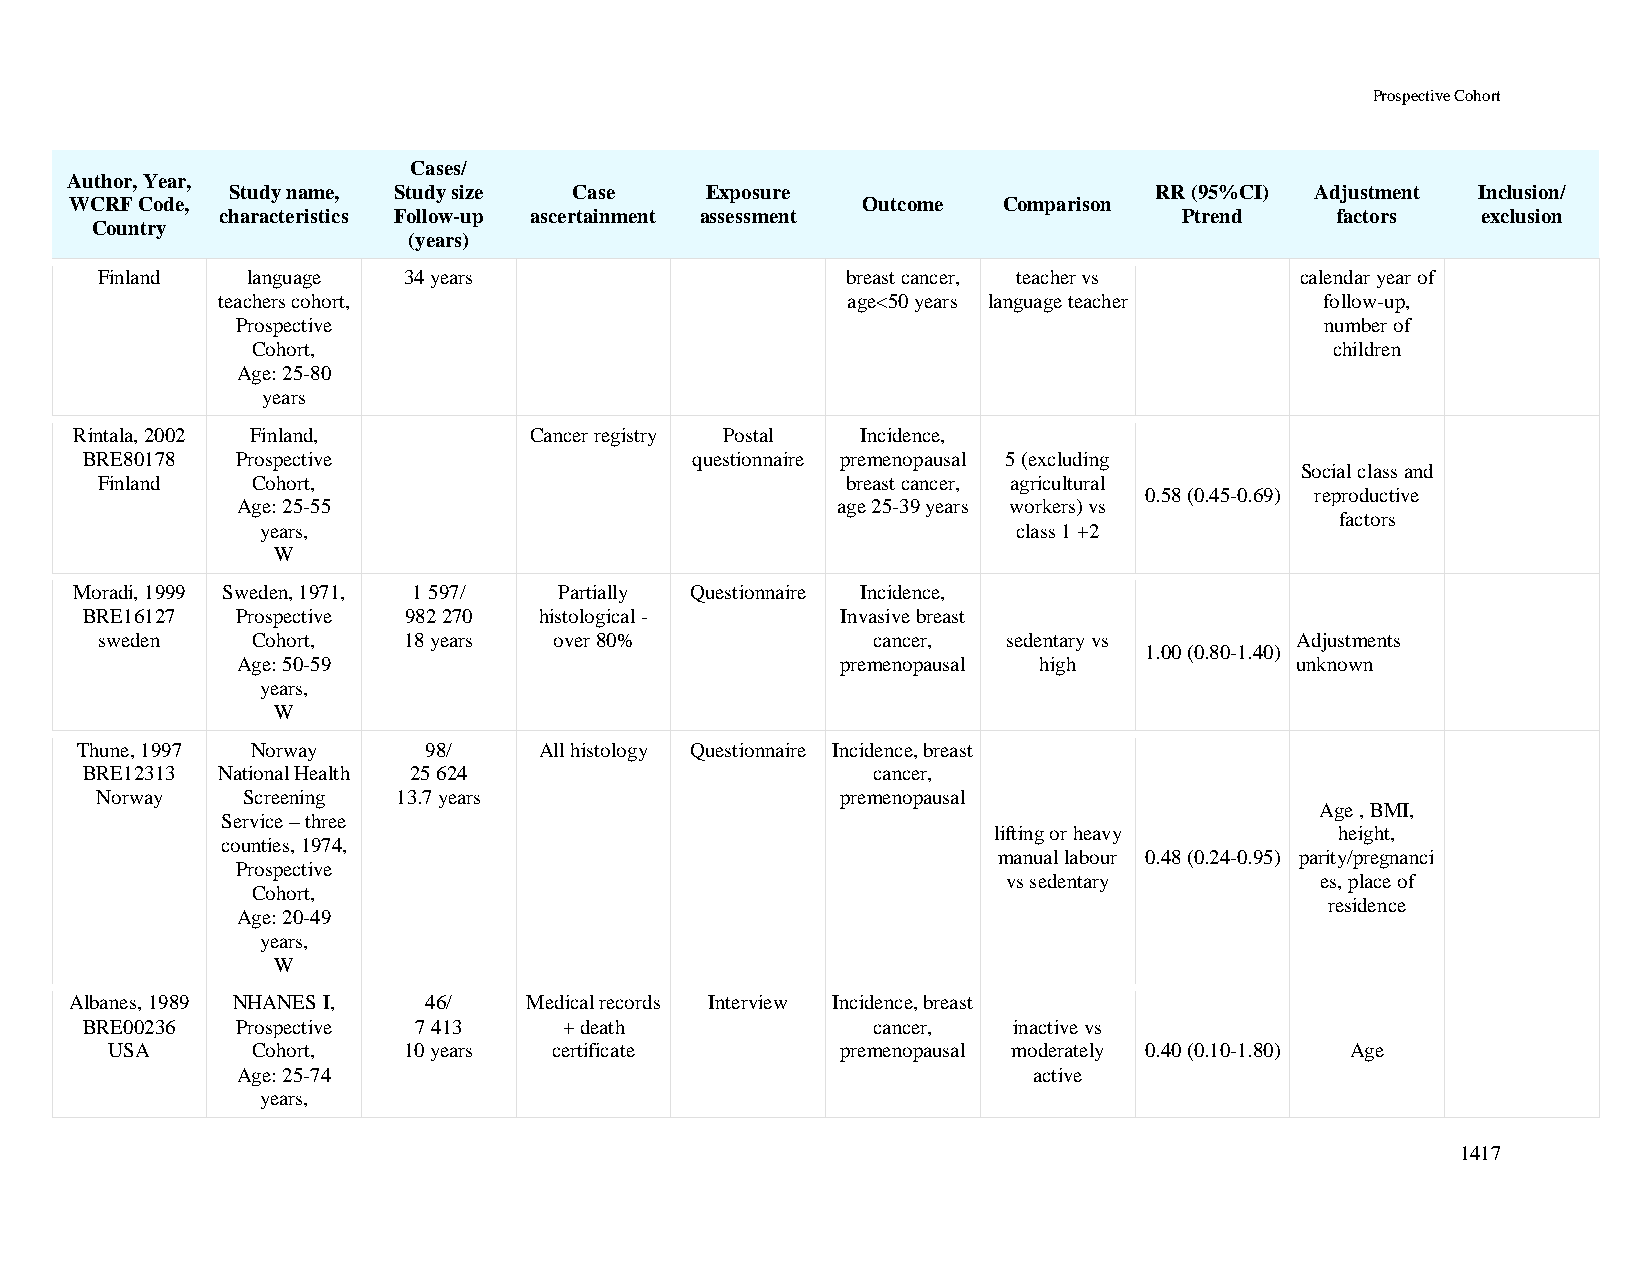
Prospective Cohort
 Cases/
 Author, Year,
 Study name, Study size Case     Exposure                     RR (95%CI) Adjustment Inclusion/
 WCRF Code,                                          Outcome  Comparison
 characteristics Follow-up ascertainment assessment             Ptrend    factors   exclusion
 Country
 (years)
 Finland   language   34 years                     breast cancer, teacher vs     calendar year of
 teachers cohort,                          age<50 years language teacher   follow-up,
 Prospective                                                             number of
 Cohort,                                                                children
 Age: 25-80
 years
 Rintala, 2002 Finland,        Cancer registry Postal Incidence,
 BRE80178   Prospective                   questionnaire premenopausal 5 (excluding
 Social class and
 Finland    Cohort,                                breast cancer, agricultural
 0.58 (0.45-0.69) reproductive
 Age: 25-55                             age 25-39 years workers) vs
 factors
 years,                                            class 1 +2
 W
 Moradi, 1999 Sweden, 1971, 1 597/ Partially Questionnaire Incidence,
 BRE16127   Prospective 982 270 histological -      Invasive breast
 sweden     Cohort,   18 years  over 80%             cancer,  sedentary vs       Adjustments
 1.00 (0.80-1.40)
 Age: 50-59                              premenopausal high            unknown
 years,
 W
 Thune, 1997 Norway     98/     All histology Questionnaire Incidence, breast
 BRE12313 National Health 25 624                      cancer,
 Norway    Screening 13.7 years                    premenopausal
 Age , BMI,
 Service – three
 lifting or heavy       height,
 counties, 1974,
 manual labour 0.48 (0.24-0.95) parity/pregnanci
 Prospective
 vs sedentary        es, place of
 Cohort,
 residence
 Age: 20-49
 years,
 W
 Albanes, 1989 NHANES I, 46/   Medical records Interview Incidence, breast
 BRE00236   Prospective 7 413    + death              cancer,  inactive vs
 USA       Cohort,   10 years  certificate        premenopausal moderately 0.40 (0.10-1.80) Age
 Age: 25-74                                          active
 years,
 1417